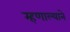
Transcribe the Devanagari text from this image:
म्हणाल्याने